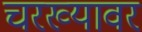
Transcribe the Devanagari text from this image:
चरख्यावर